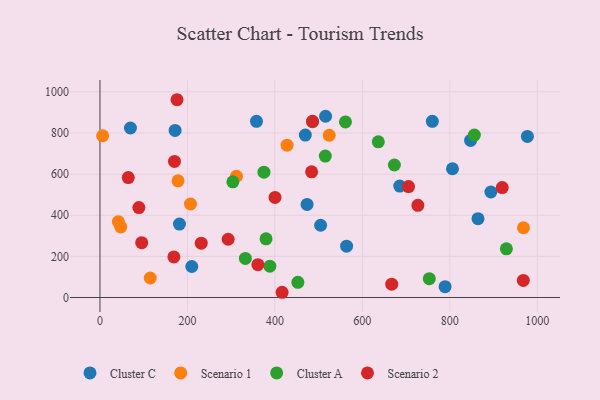
{"axis": {"x": "Ad Spend", "y": "Exam Score"}, "legend": ["Cluster A", "Cluster C", "Scenario 1", "Scenario 2"], "data": [{"x": "504.6", "y": 351.4, "type": "Cluster C"}, {"x": "69.7", "y": 824.3, "type": "Cluster C"}, {"x": "864.5", "y": 383.6, "type": "Cluster C"}, {"x": "357.9", "y": 856.9, "type": "Cluster C"}, {"x": "893.9", "y": 513.1, "type": "Cluster C"}, {"x": "473.6", "y": 452.8, "type": "Cluster C"}, {"x": "806.1", "y": 626.3, "type": "Cluster C"}, {"x": "977.4", "y": 783.2, "type": "Cluster C"}, {"x": "210.0", "y": 150.7, "type": "Cluster C"}, {"x": "760.0", "y": 856.7, "type": "Cluster C"}, {"x": "171.8", "y": 812.7, "type": "Cluster C"}, {"x": "515.9", "y": 881.5, "type": "Cluster C"}, {"x": "564.0", "y": 249.7, "type": "Cluster C"}, {"x": "685.5", "y": 541.8, "type": "Cluster C"}, {"x": "469.6", "y": 790.2, "type": "Cluster C"}, {"x": "847.5", "y": 764.0, "type": "Cluster C"}, {"x": "181.8", "y": 357.2, "type": "Cluster C"}, {"x": "789.2", "y": 52.8, "type": "Cluster C"}, {"x": "524.3", "y": 789.2, "type": "Scenario 1"}, {"x": "968.5", "y": 339.2, "type": "Scenario 1"}, {"x": "42.1", "y": 368.8, "type": "Scenario 1"}, {"x": "427.8", "y": 740.8, "type": "Scenario 1"}, {"x": "115.0", "y": 94.9, "type": "Scenario 1"}, {"x": "178.5", "y": 567.4, "type": "Scenario 1"}, {"x": "47.6", "y": 343.3, "type": "Scenario 1"}, {"x": "312.2", "y": 589.6, "type": "Scenario 1"}, {"x": "6.1", "y": 786.6, "type": "Scenario 1"}, {"x": "207.0", "y": 454.8, "type": "Scenario 1"}, {"x": "753.1", "y": 91.5, "type": "Cluster A"}, {"x": "388.5", "y": 152.5, "type": "Cluster A"}, {"x": "332.5", "y": 190.0, "type": "Cluster A"}, {"x": "673.3", "y": 644.5, "type": "Cluster A"}, {"x": "515.3", "y": 687.6, "type": "Cluster A"}, {"x": "303.9", "y": 562.5, "type": "Cluster A"}, {"x": "485.9", "y": 854.8, "type": "Cluster A"}, {"x": "375.0", "y": 609.3, "type": "Cluster A"}, {"x": "636.5", "y": 757.0, "type": "Cluster A"}, {"x": "379.8", "y": 285.4, "type": "Cluster A"}, {"x": "856.2", "y": 789.8, "type": "Cluster A"}, {"x": "929.4", "y": 236.5, "type": "Cluster A"}, {"x": "561.4", "y": 854.1, "type": "Cluster A"}, {"x": "452.6", "y": 73.7, "type": "Cluster A"}, {"x": "89.0", "y": 437.5, "type": "Scenario 2"}, {"x": "231.6", "y": 264.3, "type": "Scenario 2"}, {"x": "705.7", "y": 539.3, "type": "Scenario 2"}, {"x": "64.8", "y": 583.4, "type": "Scenario 2"}, {"x": "416.5", "y": 25.4, "type": "Scenario 2"}, {"x": "484.0", "y": 611.2, "type": "Scenario 2"}, {"x": "169.0", "y": 197.4, "type": "Scenario 2"}, {"x": "361.1", "y": 159.7, "type": "Scenario 2"}, {"x": "176.2", "y": 961.9, "type": "Scenario 2"}, {"x": "95.5", "y": 266.8, "type": "Scenario 2"}, {"x": "667.2", "y": 65.0, "type": "Scenario 2"}, {"x": "968.1", "y": 83.1, "type": "Scenario 2"}, {"x": "170.4", "y": 662.0, "type": "Scenario 2"}, {"x": "486.2", "y": 856.9, "type": "Scenario 2"}, {"x": "400.3", "y": 486.6, "type": "Scenario 2"}, {"x": "293.2", "y": 283.2, "type": "Scenario 2"}, {"x": "727.0", "y": 448.3, "type": "Scenario 2"}, {"x": "919.9", "y": 534.5, "type": "Scenario 2"}]}